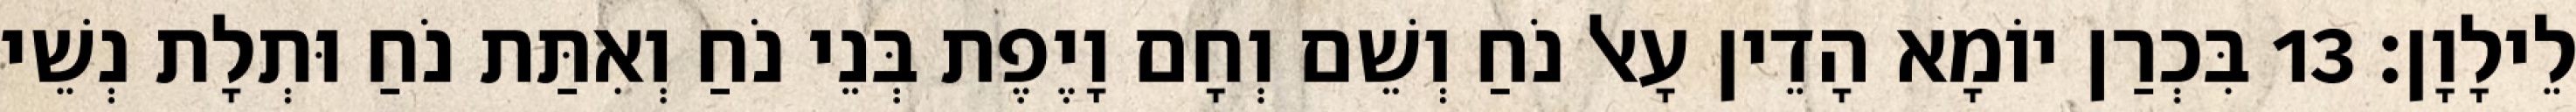
לֵילָוָן׃ 13 בִּכְרַן יוֹמָא הָדֵין עָאל נֹחַ וְשֵׁם וְחָם וָיֶפֶת בְּנֵי נֹחַ וְאִתַּת נֹחַ וּתְלָת נְשֵׁי